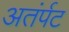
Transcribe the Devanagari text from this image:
अतंर्पट